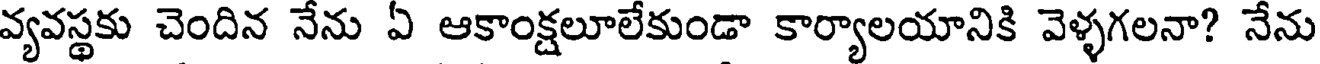
వ్యవస్థకు చెందిన నేను ఏ ఆకాంక్షలూలేకుండా కార్యాలయానికి వెళ్ళగలనా? నేను